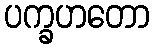
ပက္ခဟတော